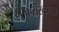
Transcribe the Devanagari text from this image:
लोकसंख्‍येच्‍या